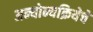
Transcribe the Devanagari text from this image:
अन्योन्यक्रियेचे